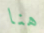
هنا